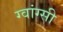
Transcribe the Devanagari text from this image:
ग्वांग्सी